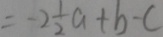
= - 2 \frac { 1 } { 2 } a + b - c